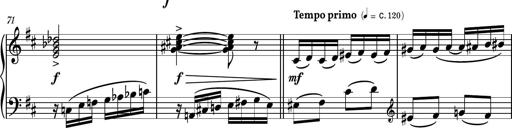
Title: Piano Sonatina No.4
Composer: Dimitri Sykias
Key: D major